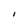
Character: I